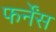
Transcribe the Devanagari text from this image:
फर्नेंस